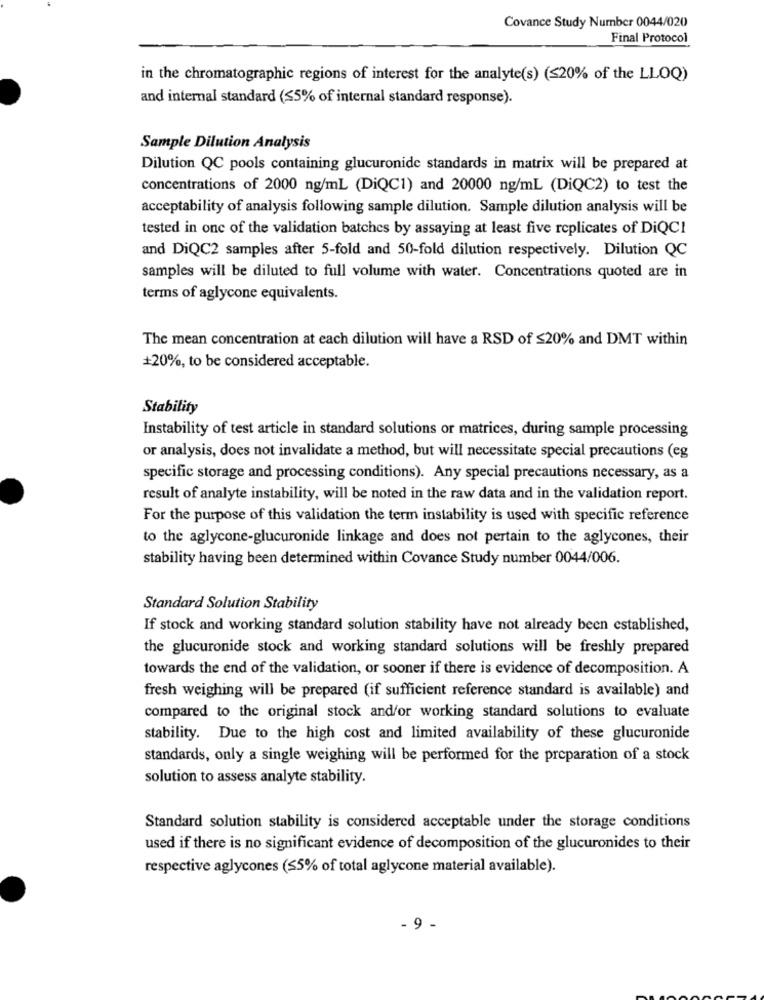
Covance Study Number 0044/020
Final Protocol
in the chromatographic regions of interest for the analyte(s) (≤20% of the LLOQ)
and internal standard (<5% of internal standard response).
Sample Dilution Analysis
Dilution QC pools containing glucuronide standards in matrix will be prepared at
concentrations of 2000 ng/ml (DiQC1) and 20000 ng/ml (DiQC2) to test the
acceptability of analysis following sample dilution. Sample dilution analysis will be
tested in one of the validation batches by assaying at least five replicates of DiQCI
and DiQC2 samples after 5-fold and 50-fold dilution respectively. Dilution QC
samples will be diluted to full volume with water. Concentrations quoted are in
terms of aglycone equivalents.
The mean concentration at each dilution will have a RSD of $20% and DMT within
+20%, to be considered acceptable.
Stability
Instability of test article in standard solutions or matrices, during sample processing
or analysis, does not invalidate a method, but will necessitate special precautions (eg
specific storage and processing conditions). Any special precautions necessary, as a
result of analyte instability, will be noted in the raw data and in the validation report.
For the purpose of this validation the term instability is used with specific reference
to the aglycone-glucuronide linkage and does not pertain to the aglycones, their
stability having been determined within Covance Study number 0044/006.
Standard Solution Stability
If stock and working standard solution stability have not already been established,
the glucuronide stock and working standard solutions will be freshly prepared
towards the end of the validation, or sooner if there is evidence of decomposition. A
fresh weighing will be prepared (if sufficient reference standard is available) and
compared to the original stock and/or working standard solutions to evaluate
stability. Due to the high cost and limited availability of these glucuronide
standards, only a single weighing will be performed for the preparation of a stock
solution to assess analyte stability.
Standard solution stability is considered acceptable under the storage conditions
used if there is no significant evidence of decomposition of the glucuronides to their
respective aglycones ($5% of total aglycone material available).
.9 -